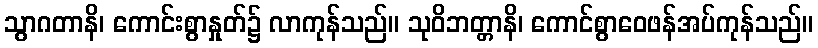
သွာဂတာနိ၊ ကောင်းစွာနှုတ်၌ လာကုန်သည်။ သုဝိဘတ္တာနိ၊ ကောင်စွာဝေဖန်အပ်ကုန်သည်။